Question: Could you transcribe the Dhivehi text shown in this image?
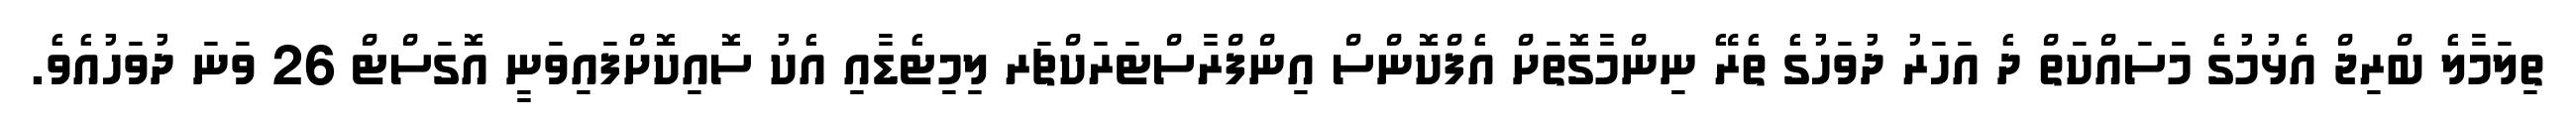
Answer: ތިލަމާލެ ބްރިޖް އެޅުމުގެ މަސައްކަތް ދެ އަހަރު ދުވަހުގެ ތެރޭ ނިންމާގޮތަށް އެފްކޮންސް އިންފްރާސްޓަރަކްޗަރ ލިމިޓެޑާއި އެކު ސޮއިކޮށްފައިވަނީ އޮގަސްޓް 26 ވަނަ ދުވަހުއެވެ.